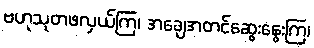
ဗဟုသုတဖလှယ်ကြ၊ အချေအတင်ဆွေးနွေးကြ၊